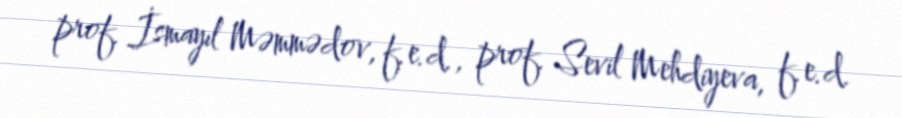
prof. İsmayıl Məmmədov, f.e.d., prof. Sevil Mehdiyeva, f.e.d.